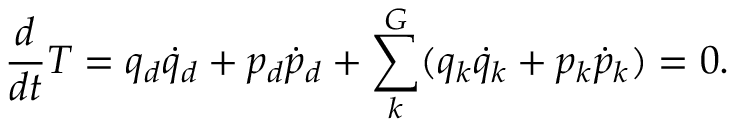
\frac { d } { d t } T = q _ { d } \dot { q } _ { d } + p _ { d } \dot { p } _ { d } + \sum _ { k } ^ { G } ( q _ { k } \dot { q } _ { k } + p _ { k } \dot { p } _ { k } ) = 0 .